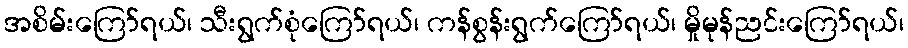
အစိမ်းကြော်ရယ်၊ သီးရွက်စုံကြော်ရယ်၊ ကန်စွန်းရွက်ကြော်ရယ်၊ မှိုမုန်ညင်းကြော်ရယ်၊